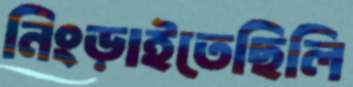
নিংড়াইতেছিলি